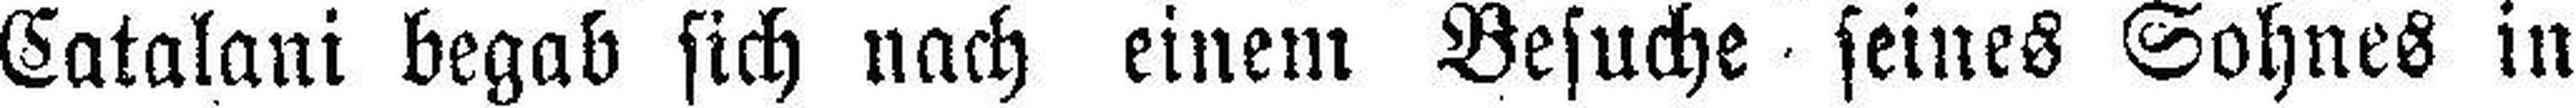
Catalani begab sich nach einem Besuche seines Sohnes in